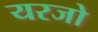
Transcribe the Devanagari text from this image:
यरजो